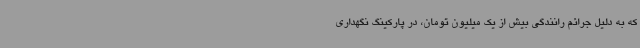
که به دلیل جرائم رانندگی بیش از یک میلیون تومان، در پارکینگ نگهداری